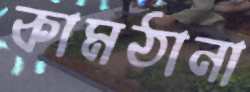
কামঠানা